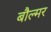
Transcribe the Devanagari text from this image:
बौल्मर